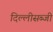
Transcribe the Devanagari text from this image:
दिल्लीसब्जी